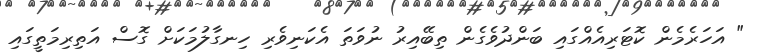
" އަހަރެމެން ކޮޓަރިއެއްގައި ބަންދުވެގެން ތިބޭއިރު ނުވަތަ އެކަނިވެރި ހިނގާލުމަކަށް ގޮސް އަތިރިމަތީގައި